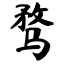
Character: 骛